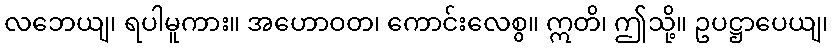
လဘေယျ၊ ရပါမူကား။ အဟောဝတ၊ ကောင်းလေစွ။ ဣတိ၊ ဤသို့။ ဥပဋ္ဌာပေယျ၊